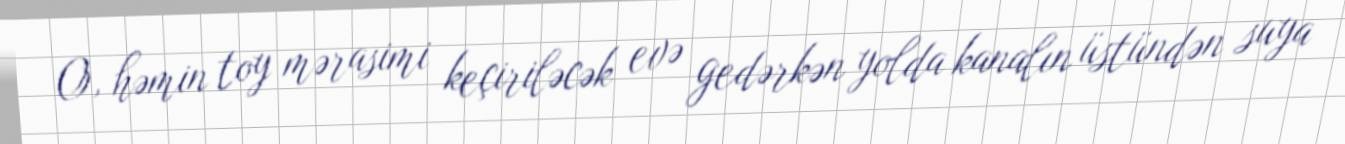
O, həmin toy mərasimi keçiriləcək evə gedərkən yolda kanalın üstündən suya